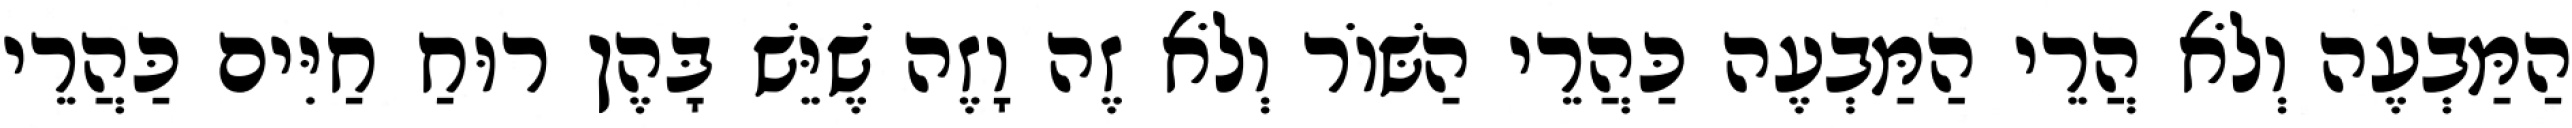
הַמַּבְעֶה וְלֹא הֲרֵי הַמַּבְעֶה כַּהֲרֵי הַשּׁוֹר וְלֹא זֶה וָזֶה שֶׁיֵּשׁ בָּהֶן רוּחַ חַיִּים כַּהֲרֵי